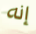
إنه